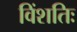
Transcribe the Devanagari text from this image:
विंशतिः